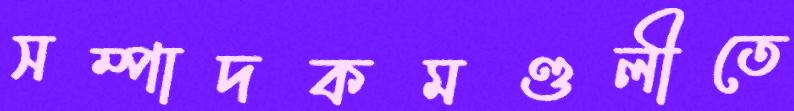
সম্পাদকমণ্ডলীতে